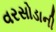
વરસોડાની